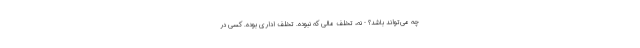
چه می‌تواند باشد؟ - نه، تخلف مالی که نبوده. تخلف اداری بوده. کسی در